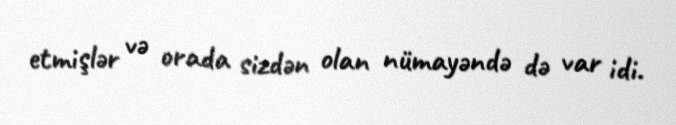
etmişlər və orada sizdən olan nümayəndə də var idi.